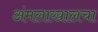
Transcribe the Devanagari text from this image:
अंमलाखालचा